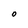
Character: O